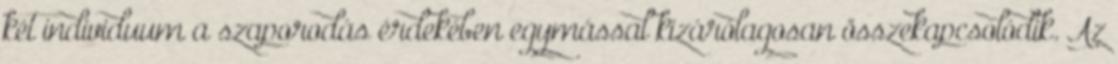
két individuum a szaporodás érdekében egymással kizárólagosan összekapcsolódik. Az